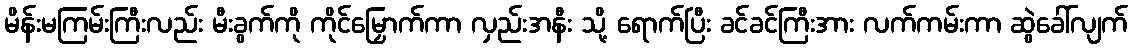
မိန်းမကြမ်းကြီးလည်း မီးခွက်ကို ကိုင်မြှောက်ကာ လှည်းအနီး သို့ ရောက်ပြီး ခင်ခင်ကြီးအား လက်ကမ်းကာ ဆွဲခေါ်လျက်